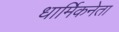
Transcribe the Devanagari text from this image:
धार्मिकनेता